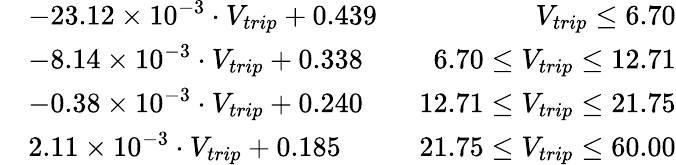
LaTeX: \begin{array}{rlr}&{-23.12\times 10^{-3}\cdot V_{trip}+0.439}&{\ \ V_{trip}\leq 6.70}\\ &{-8.14\times 10^{-3}\cdot V_{trip}+0.338}&{\ \ 6.70\leq V_{trip}\leq 12.71}\\ &{-0.38\times 10^{-3}\cdot V_{trip}+0.240}&{\ \ 12.71\leq V_{trip}\leq 21.75}\\ &{2.11\times 10^{-3}\cdot V_{trip}+0.185}&{\ \ 21.75\leq V_{trip}\leq 60.00}\end{array}